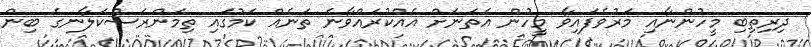
ދިރިތިބި މީހުންނާއި މަރުވެފައިވާ މީހުން އެތަނަށް އެއްކުރައްވާނެ ތަނެއް ކަމުގައި ތިމަންރަސްކަލާނގެ ބިން